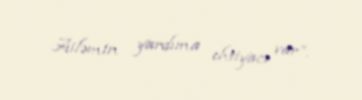
Ailəmin yardıma ehtiyacı var”.